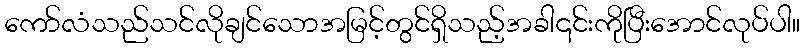
ကော်လံသည်သင်လိုချင်သောအမြင့်တွင်ရှိသည့်အခါ၎င်းကိုပြီးအောင်လုပ်ပါ။